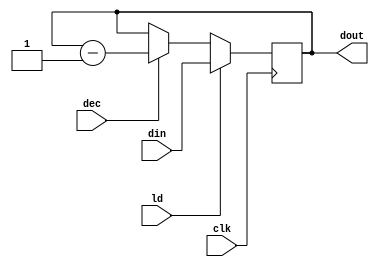
module counter (dout, din, ld, dec, clk);
	input [15:0] din;
	input ld, dec, clk;
	output reg [15:0] dout;

	always @(posedge clk)
		if (ld) dout <= din;
		else if (dec) dout <= dout - 1;
		
endmodule